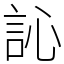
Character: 訫